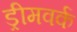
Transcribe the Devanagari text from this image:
ड्रीमवर्क